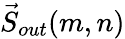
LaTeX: \vec{S}_{out}(m,n)